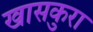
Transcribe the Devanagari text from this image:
खासकुरा